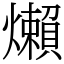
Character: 㸊